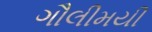
ગૌલીમયી